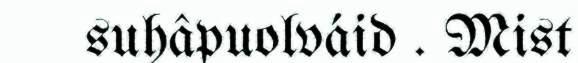
suhâpuolváid . Mist